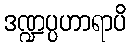
ဒဏ္ဍပ္ပဟာရာပိ